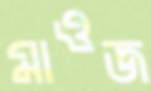
মাওজ